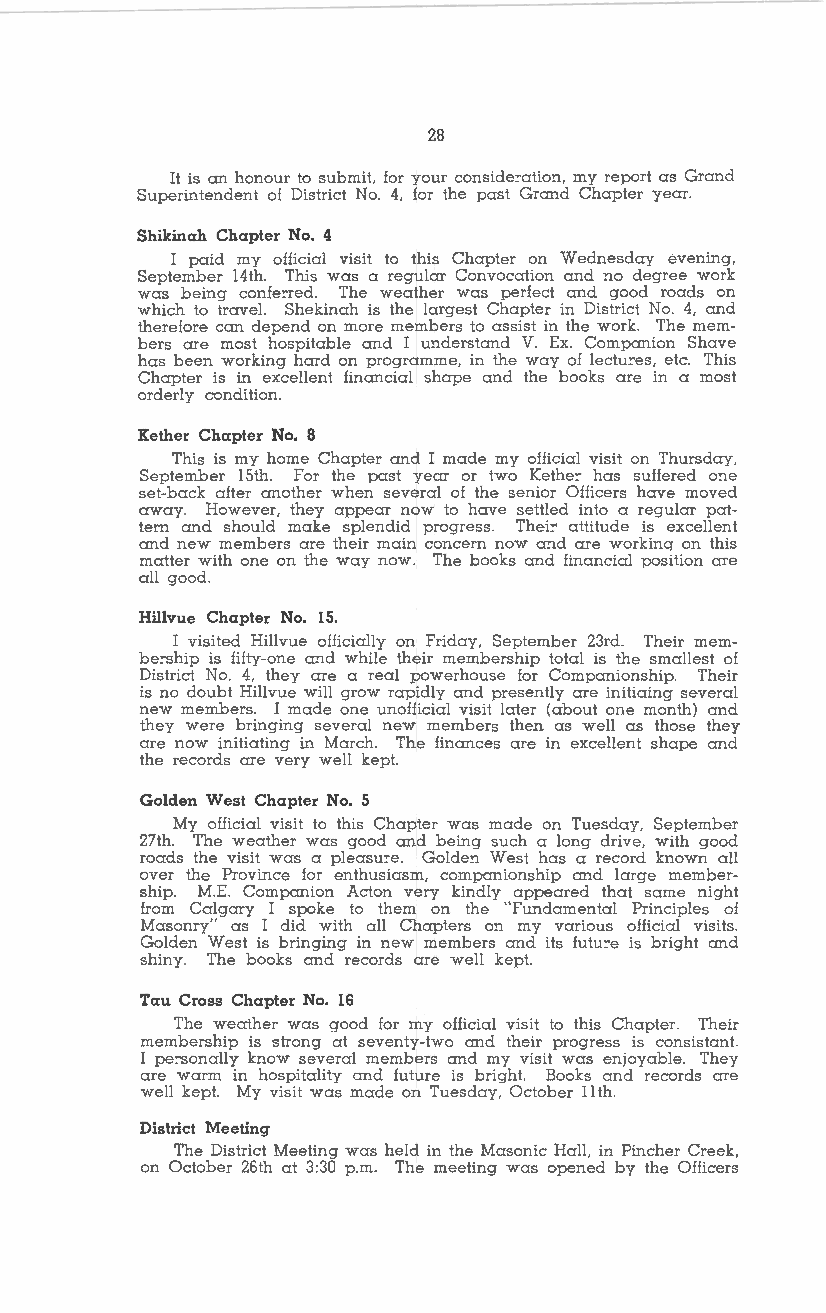
28
 It is an honour to submit, for your conside:-ation, my report as Grand
 Superintendent of District No. 4, for the past Grand Chapter year.
 Shikinah Chapter No. 4
 I paid my official visit to this Chapter on Wednesday evening,
 September 14th. This was a regular Convocation and no degree work
 was being confe:-red. The weather was perfect and good roads on
 which to travel. Shekinah is the largest Chapter in District No. 4, and
 therefore can depend on more members to assist in the work. The mem
 bers are most hospitable and I understand V. Ex. Companion Shave
 has been working hard on programme, in the way of lectu:-es, etc. This
 Chapter is in excellent financial shape and the books are in a most
 orderly condition.
 Kether Chapter No. 8
 This is my home Chapter and I made my official visit on Thursday,
 September 15th. For the past year or two Kethe:- has suffered one
 set-back after another when several of the senior Officers have moved
 away. However, they appear now to have settled into a regular pat
 tern and should make splendid progress. Thei:- attitude is excellent
 and new members are their main concern now and are workinq on this
 matter with one on the way now. The books and financial position are
 all good.
 Hillvue Chapter No. 15.
 I visited Hillvue officially on Friday, September 23rd. Their mem
 be:-ship is fifty-one and while their membership total is the smallest of
 District No. 4, they are a real powerhouse for Companionship. Their
 is no doubt Hillvue will grow rapidly and presently are initiaing several
 new members. I made one unofficial visit later (about one month) and
 they were bringing several new members then as well as those they
 are now initiating in March. The finances are in excellent shape and
 the records are very well kept.
 Golden West Chapter No. 5
 My official visit to this Chapter was made on Tuesday, September
 27th. The weather was good and being such a long drive, with good
 roads the visit was a pleasu:-e. Golden West has a record known all
 over the Province for enthusiasm, companionship and large member
 ship. M.E. Companion Acton very kindly appeared that same night
 from Calgary I spoke to them on the "Fundamental Principles of
 Masonry" as I did with all Chapters on my various official visits.
 Golden West is bringing in new members and its futu:-e is bright and
 shiny. The books and records are well kept.
 Tau Cross Chapter No. 16
 The weather was good for my official visit to this Chapter. Their
 membership is strong at seventy-two and their progress is consistant.
 I pe:-sonally know several members and my visit was enjoyable. They
 are warm in hospitality and future is bright. Books and records are
 well kept. My visit was made on Tuesday, October 11th.
 District Meeting
 The District Meeting was held in the Masonic Hall, in Pincher Creek,
 on October 26th at 3:30 p.m. The meeting was opened by the Officers